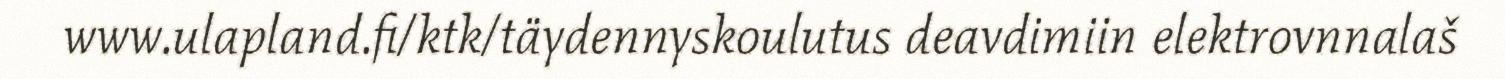
www.ulapland.fi/ktk/täydennyskoulutus deavdimiin elektrovnnalaš